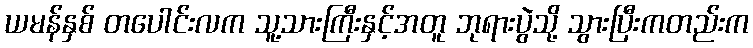
ယမန်နှစ် တပေါင်းလက သူ့သားကြီးနှင့်အတူ ဘုရားပွဲသို့ သွားပြီးကတည်းက